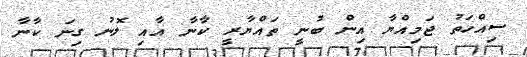
ސިއްހަތު ޖަމިއްޔާ އިން ބުނީ ތައްޔާރީ ކާނާ އާއި ލޮނު ގިނަ ކާނާ